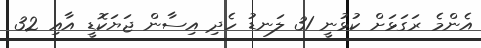
އެންމެ ރަގަޅަށް ކުޅުނީ 31 ލަނޑު ހެދި އިސާން ޖަޔަކޮޑީ އާއި 32